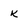
Character: k